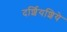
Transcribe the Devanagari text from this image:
दर्शियशिये